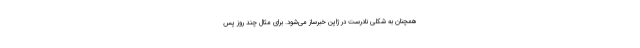
همچنان به شکلی نادرست در ژاپن خبرساز می‌شود. برای مثال چند روز پس